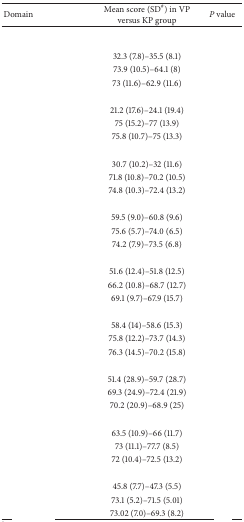
<table><thead><tr><td><b>Domain</b></td><td><b>Mean score (SD<sup>#</sup>) in VP versus KP group</b></td><td><b><i>P</i> value</b></td></tr></thead><tbody><tr><td>[EMPTY_CELL]</td><td>[EMPTY_CELL]</td><td>[EMPTY_CELL]</td></tr><tr><td>[EMPTY_CELL]</td><td>32.3 (7.8)–35.5 (8.1)</td><td>[EMPTY_CELL]</td></tr><tr><td>[EMPTY_CELL]</td><td>73.9 (10.5)–64.1 (8)</td><td>[EMPTY_CELL]</td></tr><tr><td>[EMPTY_CELL]</td><td>73 (11.6)–62.9 (11.6)</td><td>[EMPTY_CELL]</td></tr><tr><td>[EMPTY_CELL]</td><td>[EMPTY_CELL]</td><td>[EMPTY_CELL]</td></tr><tr><td>[EMPTY_CELL]</td><td>21.2 (17.6)–24.1 (19.4)</td><td>[EMPTY_CELL]</td></tr><tr><td>[EMPTY_CELL]</td><td>75 (15.2)–77 (13.9)</td><td>[EMPTY_CELL]</td></tr><tr><td>[EMPTY_CELL]</td><td>75.8 (10.7)–75 (13.3)</td><td>[EMPTY_CELL]</td></tr><tr><td>[EMPTY_CELL]</td><td>[EMPTY_CELL]</td><td>[EMPTY_CELL]</td></tr><tr><td>[EMPTY_CELL]</td><td>30.7 (10.2)–32 (11.6)</td><td>[EMPTY_CELL]</td></tr><tr><td>[EMPTY_CELL]</td><td>71.8 (10.8)–70.2 (10.5)</td><td>[EMPTY_CELL]</td></tr><tr><td>[EMPTY_CELL]</td><td>74.8 (10.3)–72.4 (13.2)</td><td>[EMPTY_CELL]</td></tr><tr><td>[EMPTY_CELL]</td><td>[EMPTY_CELL]</td><td>[EMPTY_CELL]</td></tr><tr><td>[EMPTY_CELL]</td><td>59.5 (9.0)–60.8 (9.6)</td><td>[EMPTY_CELL]</td></tr><tr><td>[EMPTY_CELL]</td><td>75.6 (5.7)–74.0 (6.5)</td><td>[EMPTY_CELL]</td></tr><tr><td>[EMPTY_CELL]</td><td>74.2 (7.9)–73.5 (6.8)</td><td>[EMPTY_CELL]</td></tr><tr><td>[EMPTY_CELL]</td><td>[EMPTY_CELL]</td><td>[EMPTY_CELL]</td></tr><tr><td>[EMPTY_CELL]</td><td>51.6 (12.4)–51.8 (12.5)</td><td>[EMPTY_CELL]</td></tr><tr><td>[EMPTY_CELL]</td><td>66.2 (10.8)–68.7 (12.7)</td><td>[EMPTY_CELL]</td></tr><tr><td>[EMPTY_CELL]</td><td>69.1 (9.7)–67.9 (15.7)</td><td>[EMPTY_CELL]</td></tr><tr><td>[EMPTY_CELL]</td><td>[EMPTY_CELL]</td><td>[EMPTY_CELL]</td></tr><tr><td>[EMPTY_CELL]</td><td>58.4 (14)–58.6 (15.3)</td><td>[EMPTY_CELL]</td></tr><tr><td>[EMPTY_CELL]</td><td>75.8 (12.2)–73.7 (14.3)</td><td>[EMPTY_CELL]</td></tr><tr><td>[EMPTY_CELL]</td><td>76.3 (14.5)–70.2 (15.8)</td><td>[EMPTY_CELL]</td></tr><tr><td>[EMPTY_CELL]</td><td>[EMPTY_CELL]</td><td>[EMPTY_CELL]</td></tr><tr><td>[EMPTY_CELL]</td><td>51.4 (28.9)–59.7 (28.7)</td><td>[EMPTY_CELL]</td></tr><tr><td>[EMPTY_CELL]</td><td>69.3 (24.9)–72.4 (21.9)</td><td>[EMPTY_CELL]</td></tr><tr><td>[EMPTY_CELL]</td><td>70.2 (20.9)–68.9 (25)</td><td>[EMPTY_CELL]</td></tr><tr><td>[EMPTY_CELL]</td><td>[EMPTY_CELL]</td><td>[EMPTY_CELL]</td></tr><tr><td>[EMPTY_CELL]</td><td>63.5 (10.9)–66 (11.7)</td><td>[EMPTY_CELL]</td></tr><tr><td>[EMPTY_CELL]</td><td>73 (11.1)–77.7 (8.5)</td><td>[EMPTY_CELL]</td></tr><tr><td>[EMPTY_CELL]</td><td>72 (10.4)–72.5 (13.2)</td><td>[EMPTY_CELL]</td></tr><tr><td>[EMPTY_CELL]</td><td>[EMPTY_CELL]</td><td>[EMPTY_CELL]</td></tr><tr><td>[EMPTY_CELL]</td><td>45.8 (7.7)–47.3 (5.5)</td><td>[EMPTY_CELL]</td></tr><tr><td>[EMPTY_CELL]</td><td>73.1 (5.2)–71.5 (5.01)</td><td>[EMPTY_CELL]</td></tr><tr><td>[EMPTY_CELL]</td><td>73.02 (7.0)–69.3 (8.2)</td><td>[EMPTY_CELL]</td></tr></tbody></table>